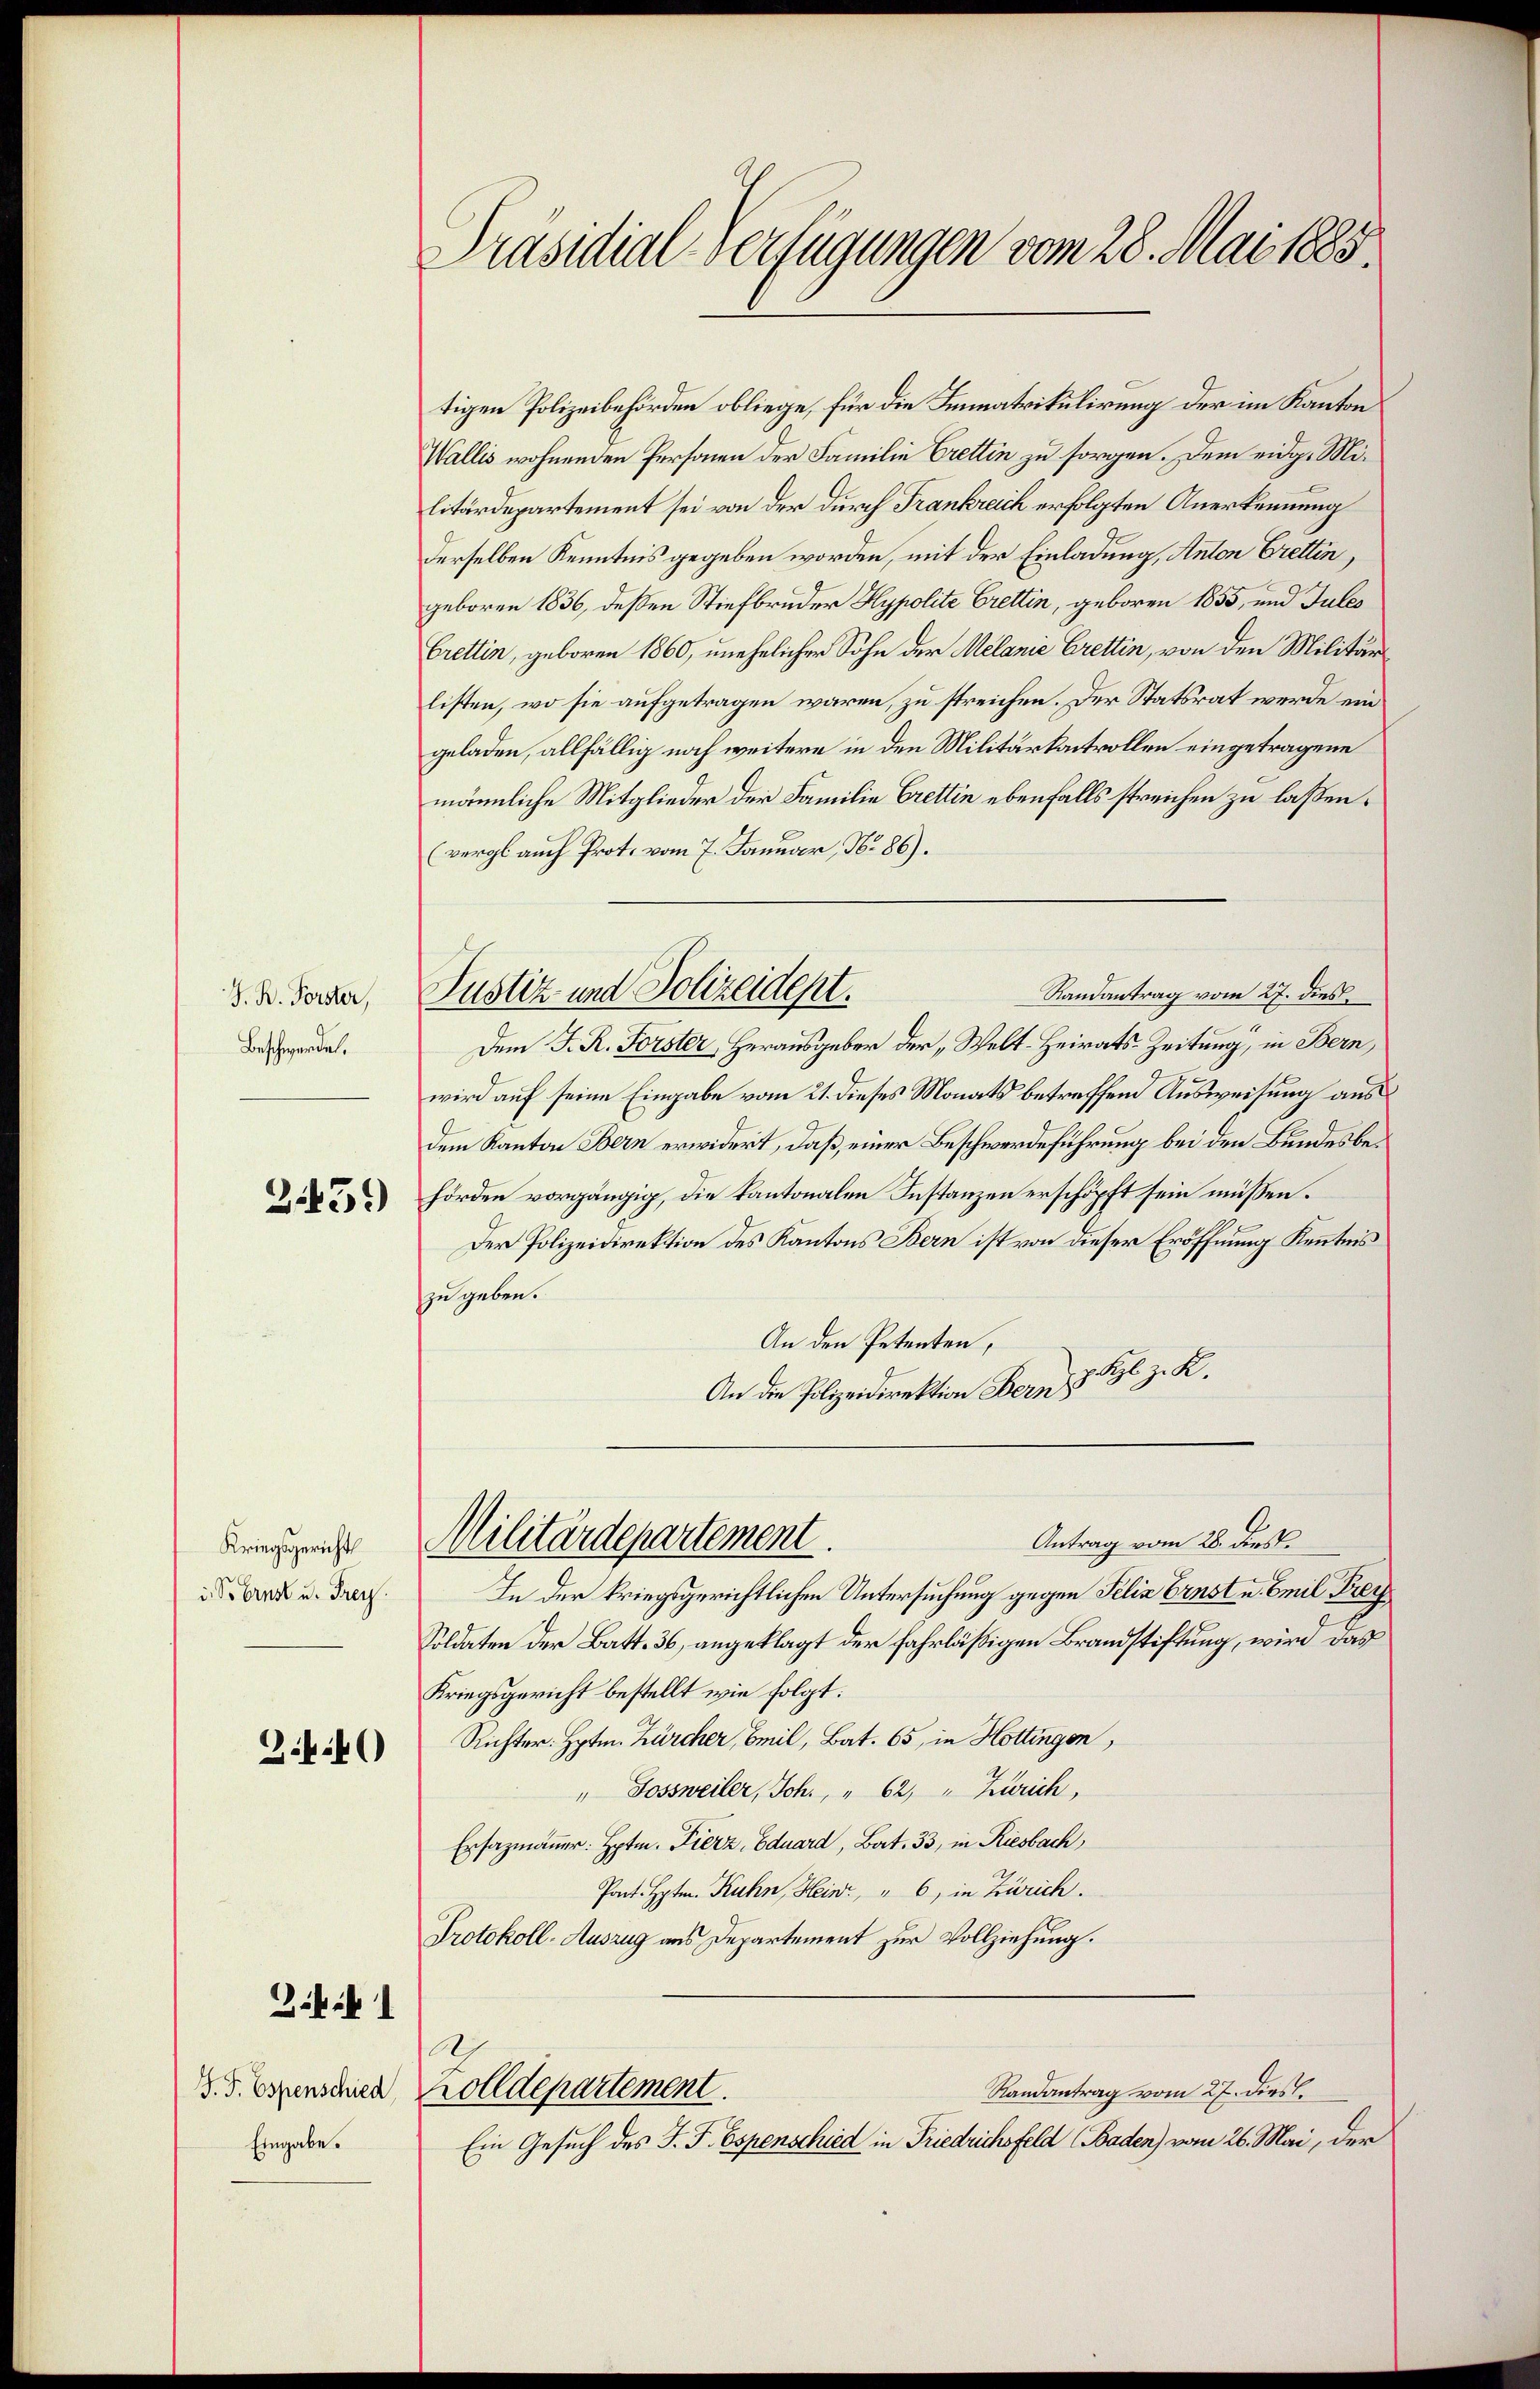
J. R. Forster,
Beschwerde.

Z459)

Kriegsgericht
i. So brust u. Frey.

3.4.40

i

J. J. Espenschied
Eingabe.

Präsidial-Verfügungen vom 28. Mai 1885.

tigen Polizeibehörden obliege, für die Immatrikulirung der im Kanton
Wallis wohnenden Personen der Familie Crettin zu sorgen. Dem eidg. Militärdepartement sei von der durch Frankreich erfolgten Anerkennung
derselben Kenntnis gegeben worden, mit der Einladung, Anton Brettin,
geboren 1836, dessen Stiefbruder Hypolite Crettin, geboren 1855, und Jules
Crettin, geboren 1860, unehelicher Sohn der Melanie Brettin, von den Militär
listen, wo sie aufgetragen wären, zu streichen. Der Statsrat werde ein
geladen, allfällig noch weitere in den Militärkontrollen eingetragene
männliche Mitglieder der Familie Brettin ebenfalls streichen zu laßen.
(vergl auch Prot. vom 7. Januar, No 86).
Dem J. R. Forster Herausgeber der „Welt-Heirats-Zeitung, in Bern,
wird auf seine Eingabe vom 21. dieses Monats betreffend Ausweisung ausdem Kanton Bern erwidert, daß einer Beschwerdeführung bei den Bundesbehörden vorgängig, die Kantonalen Instanzen erschöpft sein müssen.
Der Polizeidirektion des Kantons Bern ist von dieser Eröffnung Kenntnis
zu geben.
An den Petenten,
An die Polizeidirektion Bern z. Bl. z. R.
Antrag vom 28. dies
Militärdepartement.
In der kriegsgerichtlichen Untersuchung gegen Felix Ernst u. Emil Frey
Soldaten der Batt. 36, angeklagt der fahrläßigen Brandstiftung, wird das
Kriegsgericht bestellt wie folgt:
Richter. Hptm. Zürcher, Beil, Bat. 65, in Hottingen,
" Sossweiler, Joh. " 62, " Zürich,
Ersazmänner: Hptm. Fierz, Eduard, Bat. 33, in Riesbach,
Pont. Hptm. Kuhn, Heinr, " 6, in Zürich.
Protokoll-Auszug aus Departement zur Vollziehung.

2
olldepartement.
Ein Gesuch des J. J. Espenschied in Friedrichsfeld (Baden) vom 26. Mai, der

Randantrag vom 27. dies
Justiz- und Polizeidept.

Randantrag vom 27. dies